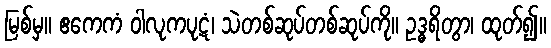
မြစ်မှ။ ဧကေကံ ဝါလုကပုဋံ၊ သဲတစ်ဆုပ်တစ်ဆုပ်ကို။ ဥဒ္ဓရိတွာ၊ ထုတ်၍။